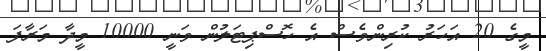
މީގެ 20 އަހަރު ކުރިންވެސް އެ ހޮސްޕިޓަލުން ވަނީ 10000 މީދާ މަރާފަ